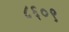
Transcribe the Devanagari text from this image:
८६०९